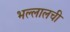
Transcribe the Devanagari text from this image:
भल्लालची